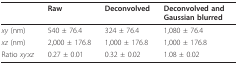
|  | Raw | Deconvolved | Deconvolved and Gaussian blurred |
 | --- | --- | --- | --- |
 | xy (nm) | 540 ± 76.4 | 324 ± 76.4 | 1,080 ± 76.4 |
 | xz (nm) | 2,000 ± 176.8 | 1,000 ± 176.8 | 1,000 ± 176.8 |
 | Ratio xy:xz | 0.27 ± 0.01 | 0.32 ± 0.02 | 1.08 ± 0.02 |